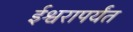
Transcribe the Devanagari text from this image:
ईश्वरापर्यंत